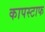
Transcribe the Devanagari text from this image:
कापस्टाफ